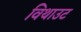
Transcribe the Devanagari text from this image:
विथाउट